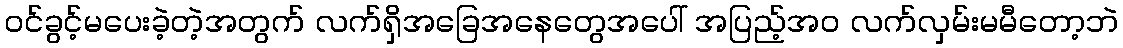
ဝင်ခွင့်မပေးခဲ့တဲ့အတွက် လက်ရှိအခြေအနေတွေအပေါ် အပြည့်အဝ လက်လှမ်းမမီတော့ဘဲ